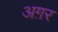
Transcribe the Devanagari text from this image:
अग़र